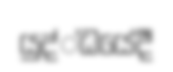
යුද්්ධයේදී